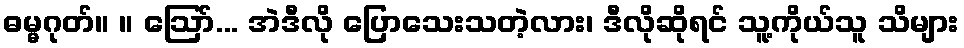
ဓမ္မဂုတ်။ ။ ဩော်... အဲဒီလို ပြောသေးသတဲ့လား၊ ဒီလိုဆိုရင် သူ့ကိုယ်သူ သိများ